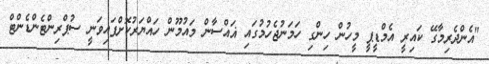
"އެންދެރިމާގޭ ކައިރީ އެމްޑީޕީ މީހުން ހިންގި ހަމަނުޖެހުމުގައި ޣައްސާން މައުމޫން ހައްޔަރުކޮށްފައިވަނީ ސުޕްރިންޓެންޑެންޓް